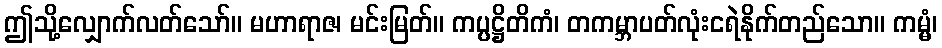
ဤသို့လျှောက်လတ်သော်။ မဟာရာဇ၊ မင်းမြတ်။ ကပ္ပဋ္ဌိတိကံ၊ တကမ္ဘာပတ်လုံးငရဲနိုက်တည်သော။ ကမ္မံ၊